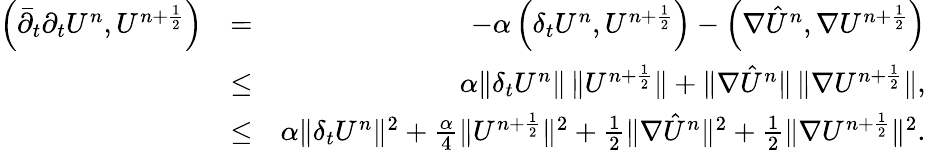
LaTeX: \begin{array}{rlr}{\left({\bar{\partial}}_{t}\partial_{t}U^{n},U^{n+\frac{1}{2}}\right)}&{=}&{-\alpha\left(\delta_{t}U^{n},U^{n+\frac{1}{2}}\right)-\left(\nabla{\hat{U}}^{n},\nabla U^{n+\frac{1}{2}}\right)}\\ &{\leq}&{\alpha\| \delta_{t}U^{n}\| \, \| U^{n+\frac{1}{2}}\| +\| \nabla{\hat{U}}^{n}\| \, \| \nabla U^{n+\frac{1}{2}}\| ,}\\ &{\leq}&{\alpha\| \delta_{t}U^{n}\| ^{2}+\frac{\alpha}{4}\| U^{n+\frac{1}{2}}\| ^{2}+\frac{1}{2}\| \nabla{\hat{U}}^{n}\| ^{2}+\frac{1}{2}\| \nabla U^{n+\frac{1}{2}}\| ^{2}.}\end{array}